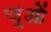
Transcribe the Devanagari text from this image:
जूओं